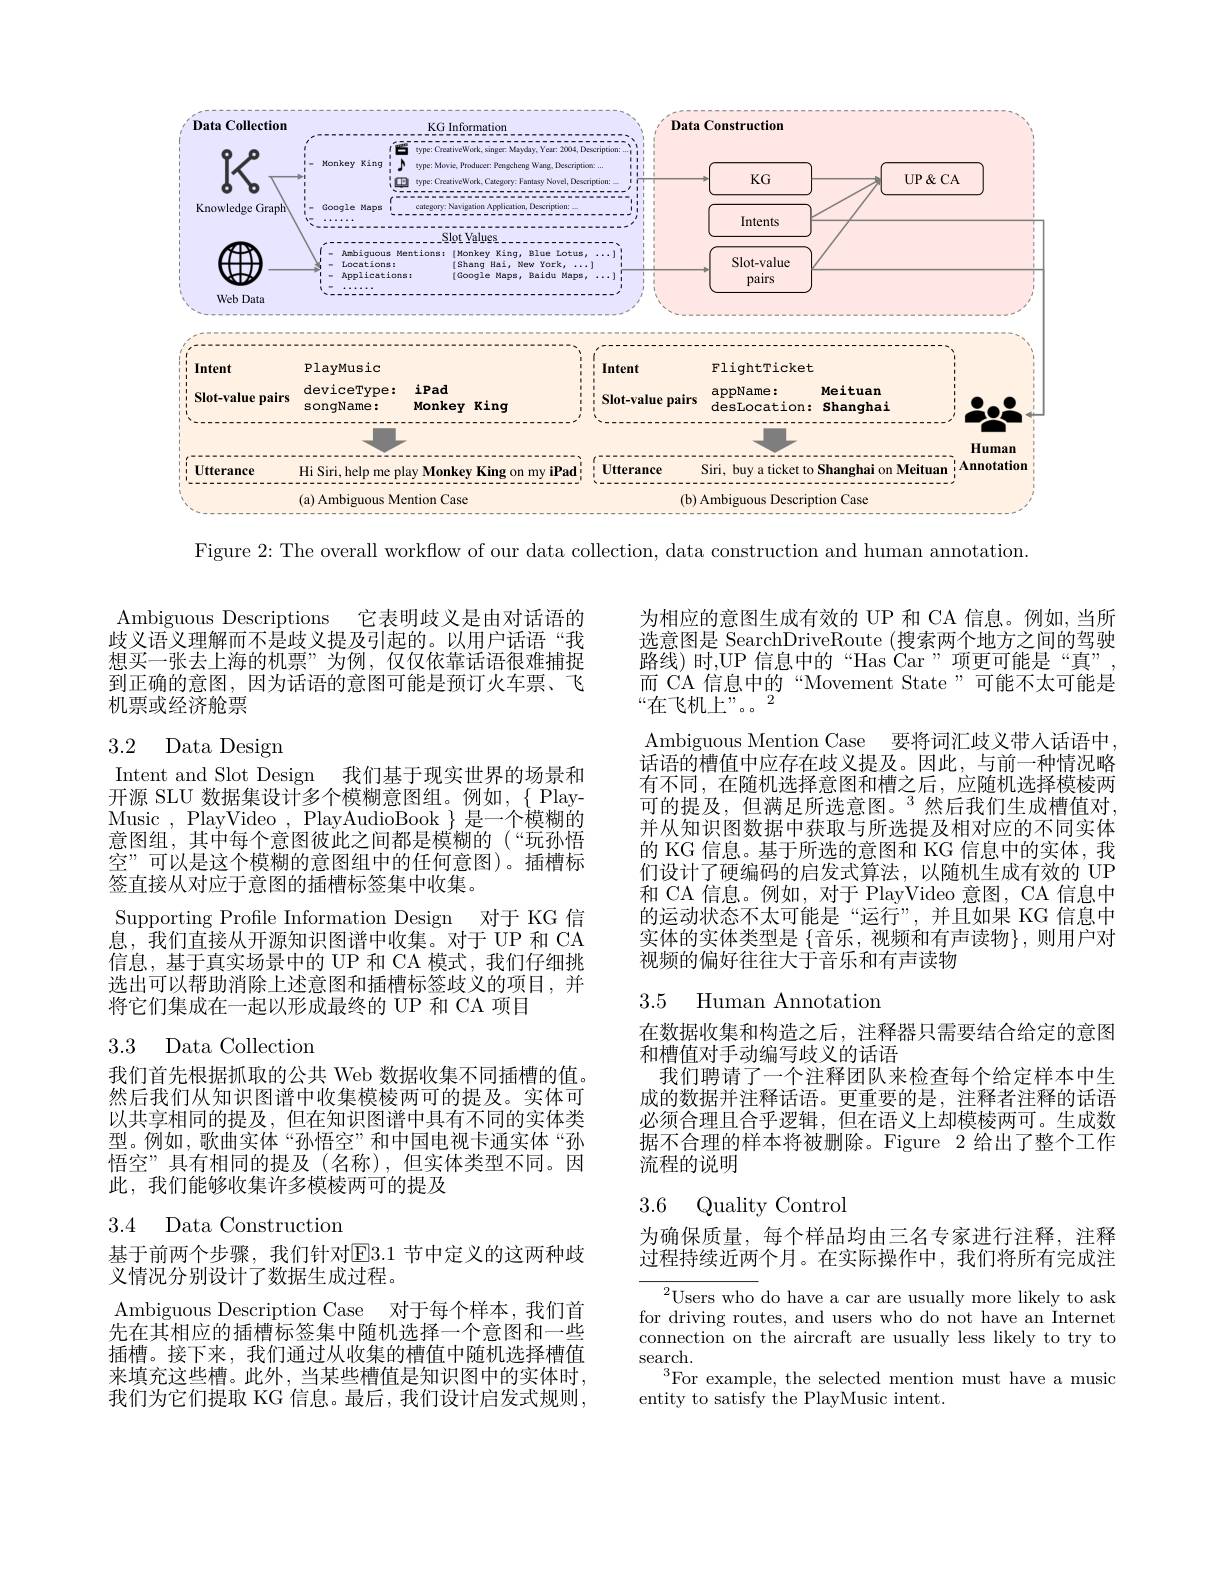
<FigureHere>

Figure 2:The overall workflow of our data collection, data construction and human annotation.

它表明歧义是由对话语的
Ambiguous Descriptions
歧义语义理解而不是歧义提及引起的。以用户话语“我想买一张去上海的机票”为例，仅仅依靠话语很难捕捉到正确的意图，因为话语的意图可能是预订火车票、飞机票或经济舱票

## 3.2 Data Desigm

Intent and Slot Design
我们基于现实世界的场景和
开源 SLU 数据集设计多个模糊意图组。例如，{{Play-}} Music , PlayVideo , PlayAudioBook $\}$是一个模糊的意图组，其中每个意图彼此之间都是模糊的(“玩孙悟空”可以是这个模糊的意图组中的任何意图)。插槽标签直接从对应于意图的插槽标签集中收集。
Supporting Profile Information Design 对于 KG 信息，我们直接从开源知识图谱中收集。对于 UP 和 CA 信息，基于真实场景中的 UP 和 CA 模式，我们仔细挑选出可以帮助消除上述意图和插槽标签歧义的项目，并将它们集成在一起以形成最终的 UP 和 CA 项目

## 3.3 Data Collectiom

我们首先根据抓取的公共 Web 数据收集不同插槽的值。然后我们从知识图谱中收集模棱两可的提及。实体可以共享相同的提及，但在知识图谱中具有不同的实体类型。例如，歌曲实体“孙悟空”和中国电视卡通实体“孙悟空”具有相同的提及(名称),但实体类型不同。因此，我们能够收集许多模棱两可的提及

3.4 Data Construction

基于前两个步骤，我们针对E3.1 节中定义的这两种歧
义情况分别设计了数据生成过程。

Ambiguous Description Case 对于每个样本，我们首先在其相应的插槽标签集中随机选择一个意图和一些插槽。接下来，我们通过从收集的槽值中随机选择槽值来填充这些槽。此外，当某些槽值是知识图中的实体时， 我们为它们提取 KG 信息。最后，我们设计启发式规则，

为相应的意图生成有效的 UP 和 CA 信息。例如，当所选意图是 SearchDriveRoute (搜索两个地方之间的驾驶路线)时，UP 信息中的“Has Car”项更可能是“真” 而 CA 信息中的“Movement State”可能不太可能是“在飞机上”。2
Ambiguous Mention Case 要将词汇歧义带人话语中话语的槽值中应存在歧义提及。因此，与前一种情况略有不同，在随机选择意图和槽之后，应随机选择模棱两可的提及，但满足所选意图。$^3$然后我们生成槽值对， 并从知识图数据中获取与所选提及相对应的不同实体的 KG 信息。基于所选的意图和 KG 信息中的实体，我们设计了硬编码的启发式算法，以随机生成有效的 UP 和 CA 信息。例如，对于 PlayVideo 意图，CA 信息中的运动状态不太可能是“运行”,并且如果 KG 信息中实体的实体类型是$\left\{\text{音乐，视频和有声读物}\right\}$,则用户对视频的偏好往往大于音乐和有声读物

## 3.5 Human Annotatior

在数据收集和构造之后，注释器只需要结合给定的意图
和槽值对手动编写歧义的话语
我们聘请了一个注释团队来检查每个给定样本中生成的数据并注释话语。更重要的是，注释者注释的话语必须合理且合乎逻辑，但在语义上却模棱两可。生成数据不合理的样本将被删除。Figure 2 给出了整个工作流程的说明

## 3.6 Quality Control

为确保质量，每个样品均由三名专家进行注释，注释过程持续近两个月。在实际操作中，我们将所有完成注

${}^{2}$Users who do have a car are usually more likely to ask for driving routes, and users who do not have an Internet connection on the aircraft are usually less likely to try to search.
$^{3}$For example, the selected mention must have a music
entity to satisfy the PlayMusic intent.